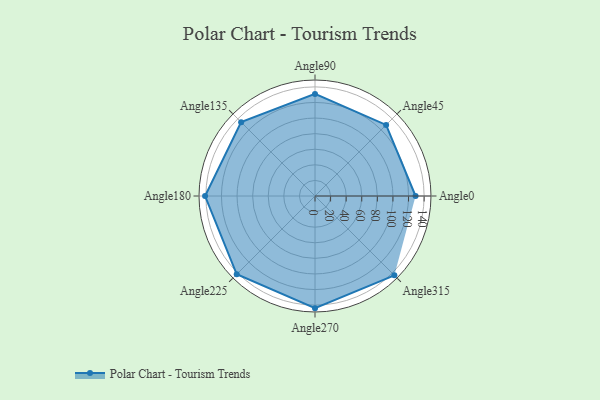
{"axis": {"x": "Angle", "y": "Radius"}, "legend": [""], "data": [{"x": "Angle0", "y": 129.0, "type": ""}, {"x": "Angle45", "y": 129.0, "type": ""}, {"x": "Angle90", "y": 131.0, "type": ""}, {"x": "Angle135", "y": 134.0, "type": ""}, {"x": "Angle180", "y": 141.0, "type": ""}, {"x": "Angle225", "y": 142.0, "type": ""}, {"x": "Angle270", "y": 144.0, "type": ""}, {"x": "Angle315", "y": 144.0, "type": ""}]}